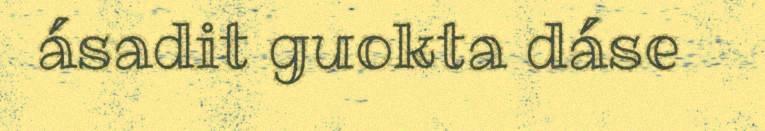
ásadit guokta dáse